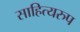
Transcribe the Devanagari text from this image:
साहित्यरुप